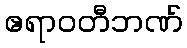
ဧရာဝတီဘဏ်